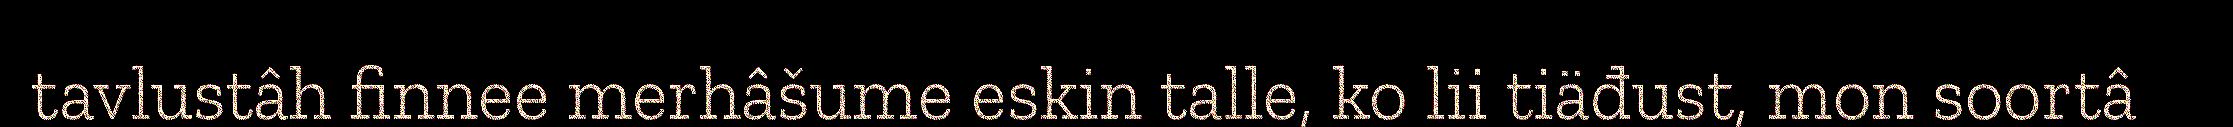
tavlustâh finnee merhâšume eskin talle, ko lii tiäđust, mon soortâ